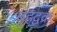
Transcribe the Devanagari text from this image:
बृहद्वक्र